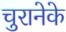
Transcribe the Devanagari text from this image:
चुरानेके